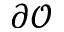
\partial \mathcal { O }